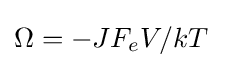
\Omega =-JF_{e}V/{kT}\